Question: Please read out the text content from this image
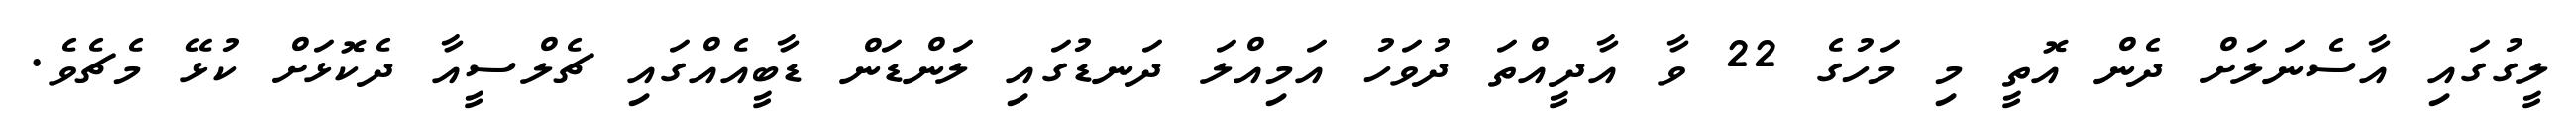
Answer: ލީގުގައި އާސެނަލަށް ދެން އޮތީ މި މަހުގެ 22 ވާ އާދީއްތަ ދުވަހު އަމިއްލަ ދަނޑުގައި ލަންޑަން ޑާބީއެއްގައި ޗެލްސީއާ ދެކޮޅަށް ކުޅޭ މެޗެވެ.